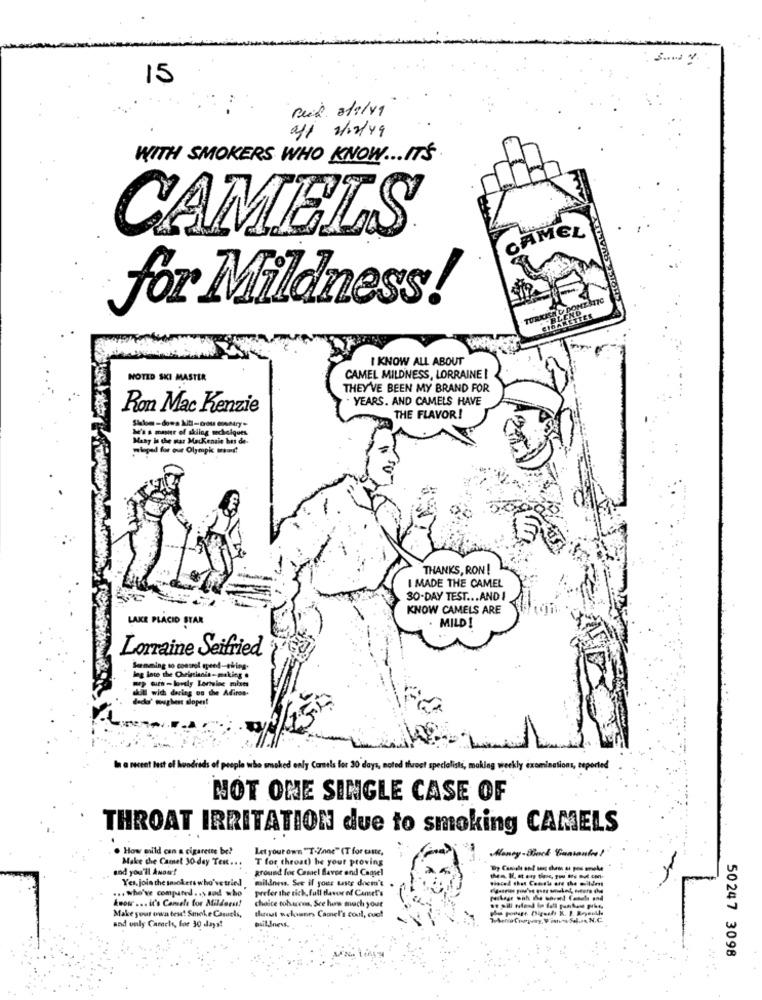
15
Reid. 8/9/19
WITH SMOKERS WHO KNOW ... IT'S
CAMEL
CAMELS
for Mildness!
TURKISH D DOS
I KNOW ALL ABOUT
NOTED SKI MASTER
CAMEL MILDNESS, LORRAINE !
THEY'VE BEEN MY BRAND FOR
YEARS. AND CAMELS HAVE
Ron Mac Kenzie
Shalom -dows Afl-Gou MINAry*
THE FLAVOR!
Muss master of skiing acheiques.
Many in the war Macenain hes de-
THANKS, RON!
I MADE THE CAMEL
30-DAY TEST ... AND
KNOW CAMELS ARE
LAKE PLACID STAR
. MILD!
Lorraine Seifried
Seemming to control speed-thing-
log inte the Oseininnin-making .
dul wich dering on the Adiros.
la a recent test of hundreds of people who smoked only Camels for 30 days, noted throet specialists, making week
nations,
ported
NOT ONE SINGLE CASE OF
THROAT IRRITATION due to smoking CAMELS
. How mild can a cigarette be?
Let your own "T-Zone" (T for cante,
Honey-Block Cantante?
Make che Camet 30-day Text .. .
T for throat) be your proving
and you'll Awow!
ground for Camel favor and Camsel
Yes, join the sasokers who've tried
mildness. See if your taste dnem's
... who've compared. . y sod who
prefer the rich, full flavor of Camel's
know ... it's Comela bor Millorsst
Make your own tese! Smoke Caquels,
choice tobaccos. See how much yout
theost weloanes Camel's coul, cuot
and only Casach, for 30 days!
50247 3098